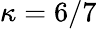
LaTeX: \kappa=6/7